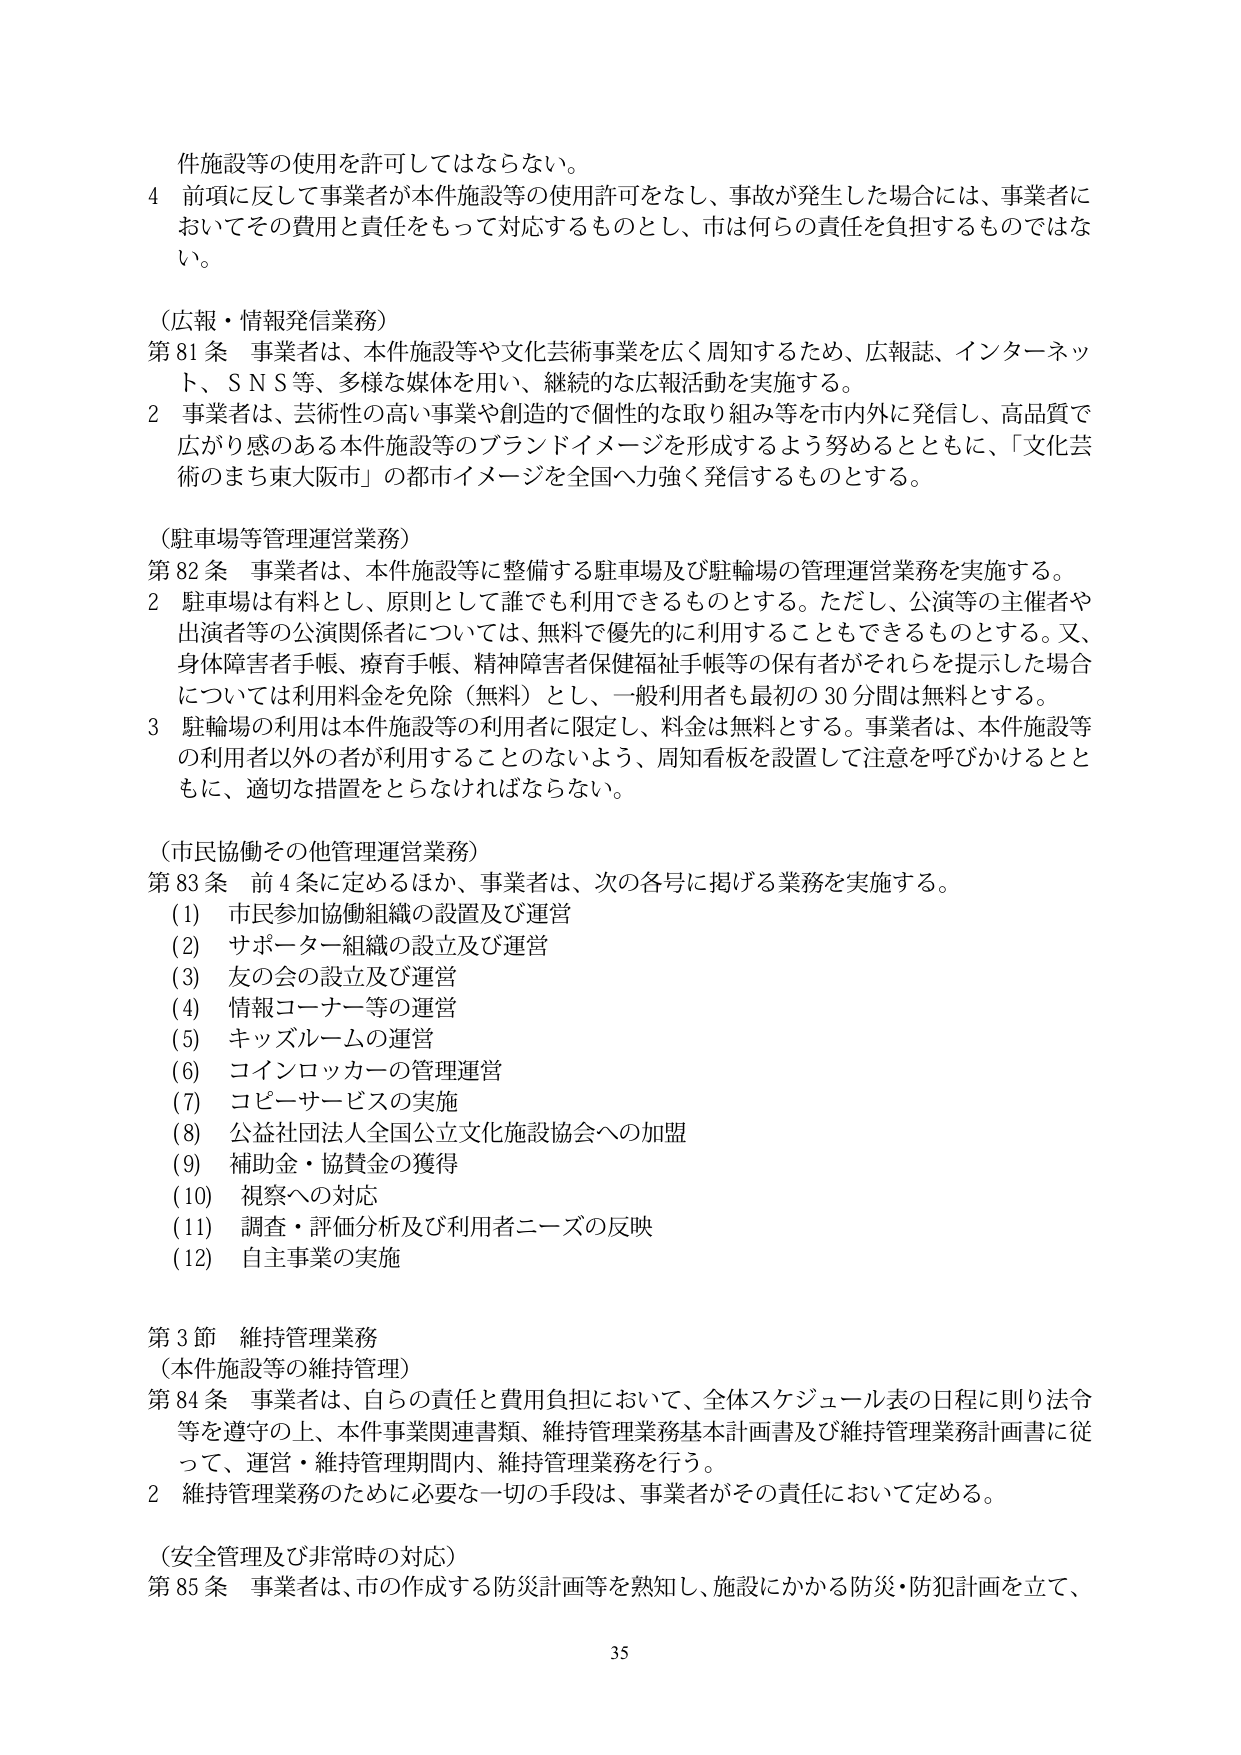
件施設等の使用を許可してはならない。

4 前項に反して事業者が本件施設等の使用許可をなし、事故が発生した場合には、事業者においてその費用と責任をもって対応するものとし、市は何らの責任を負担するものではない。

（広報・情報発信業務）

第81条 事業者は、本件施設等や文化芸術事業を広く周知するため、広報誌、インターネット、ＳＮＳ等、多様な媒体を用い、継続的な広報活動を実施する。

2 事業者は、芸術性の高い事業や創造的で個性的な取り組み等を市内外に発信し、高品質で広がり感のある本件施設等のブランドイメージを形成するよう努めるとともに、「文化芸術のまち東大阪市」の都市イメージを全国へ力強く発信するものとする。

（駐車場等管理運営業務）

第82条 事業者は、本件施設等に整備する駐車場及び駐輪場の管理運営業務を実施する。

2 駐車場は有料とし、原則として誰でも利用できるものとする。ただし、公演等の主催者や出演者等の公演関係者については、無料で優先的に利用することもできるものとする。又、身体障害者手帳、療育手帳、精神障害者保健福祉手帳等の保有者がそれらを提示した場合については利用料金を免除（無料）とし、一般利用者も最初の30分間は無料とする。

3 駐輪場の利用は本件施設等の利用者に限定し、料金は無料とする。事業者は、本件施設等の利用者以外の者が利用することのないよう、周知看板を設置して注意を呼びかけるとともに、適切な措置をとらなければならない。

（市民協働その他管理運営業務）

第83条 前4条に定めるほか、事業者は、次の各号に掲げる業務を実施する。

(1) 市民参加協働組織の設置及び運営

(2) サポーター組織の設立及び運営

(3) 友の会の設立及び運営

(4) 情報コーナー等の運営

(5) キッズルームの運営

(6) コインロッカーの管理運営

(7) コピーサービスの実施

(8) 公益社団法人全国公立文化施設協会への加盟

(9) 補助金・協賛金の獲得

(10) 視察への対応

(11) 調査・評価分析及び利用者ニーズの反映

(12) 自主事業の実施

第3節 維持管理業務

（本件施設等の維持管理）

第84条 事業者は、自らの責任と費用負担において、全体スケジュール表の日程に則り法令等を遵守の上、本件事業関連書類、維持管理業務基本計画書及び維持管理業務計画書に従って、運営・維持管理期間内、維持管理業務を行う。

2 維持管理業務のために必要な一切の手段は、事業者がその責任において定める。

（安全管理及び非常時の対応）

第85条 事業者は、市の作成する防災計画等を熟知し、施設にかかる防災・防犯計画を立て、

35